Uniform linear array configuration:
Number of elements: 32
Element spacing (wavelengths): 0.25
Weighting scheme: uniform
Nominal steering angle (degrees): -45
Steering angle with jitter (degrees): -45.422
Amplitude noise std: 0.05
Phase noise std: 0.05

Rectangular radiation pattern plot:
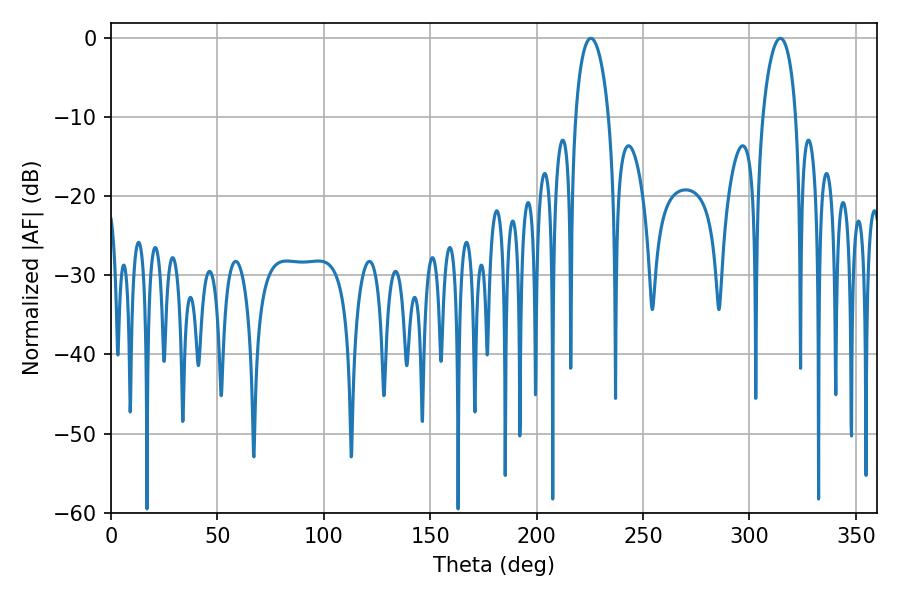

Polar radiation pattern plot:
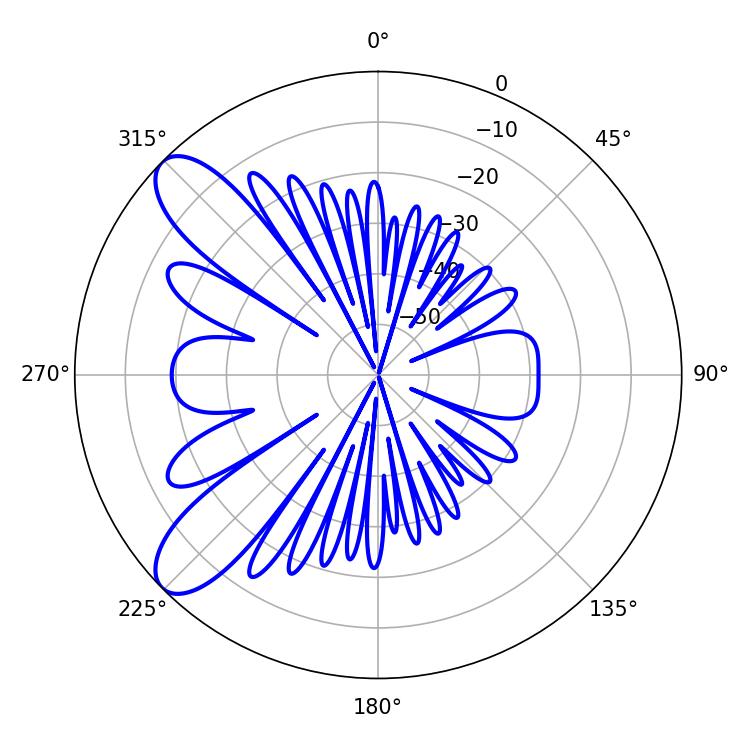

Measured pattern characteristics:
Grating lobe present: FALSE
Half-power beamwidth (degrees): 9
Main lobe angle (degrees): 225.54